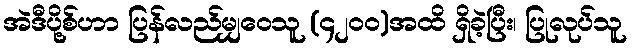
အဲဒီပို့စ်ဟာ ပြန်လည်မျှဝေသူ (၄၂၀၀)အထိ ရှိခဲ့ပြီး၊ ပြုလုပ်သူ